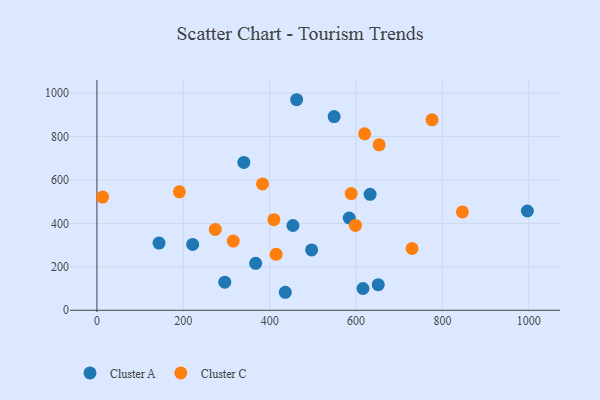
{"axis": {"x": "Study Hours", "y": "Rating"}, "legend": ["Cluster A", "Cluster C"], "data": [{"x": "549.3", "y": 892.3, "type": "Cluster A"}, {"x": "143.8", "y": 309.6, "type": "Cluster A"}, {"x": "296.1", "y": 129.5, "type": "Cluster A"}, {"x": "616.1", "y": 100.4, "type": "Cluster A"}, {"x": "367.6", "y": 216.3, "type": "Cluster A"}, {"x": "453.9", "y": 390.6, "type": "Cluster A"}, {"x": "996.8", "y": 457.3, "type": "Cluster A"}, {"x": "497.2", "y": 277.8, "type": "Cluster A"}, {"x": "221.7", "y": 303.4, "type": "Cluster A"}, {"x": "651.4", "y": 118.1, "type": "Cluster A"}, {"x": "340.2", "y": 681.2, "type": "Cluster A"}, {"x": "584.3", "y": 425.0, "type": "Cluster A"}, {"x": "632.6", "y": 534.1, "type": "Cluster A"}, {"x": "436.2", "y": 82.9, "type": "Cluster A"}, {"x": "462.5", "y": 970.0, "type": "Cluster A"}, {"x": "588.8", "y": 537.4, "type": "Cluster C"}, {"x": "619.9", "y": 813.1, "type": "Cluster C"}, {"x": "846.3", "y": 452.9, "type": "Cluster C"}, {"x": "653.5", "y": 762.2, "type": "Cluster C"}, {"x": "729.7", "y": 284.6, "type": "Cluster C"}, {"x": "383.4", "y": 581.9, "type": "Cluster C"}, {"x": "191.0", "y": 545.9, "type": "Cluster C"}, {"x": "598.7", "y": 390.7, "type": "Cluster C"}, {"x": "415.0", "y": 257.7, "type": "Cluster C"}, {"x": "776.0", "y": 877.3, "type": "Cluster C"}, {"x": "409.7", "y": 417.5, "type": "Cluster C"}, {"x": "315.7", "y": 318.7, "type": "Cluster C"}, {"x": "274.0", "y": 372.4, "type": "Cluster C"}, {"x": "13.2", "y": 521.3, "type": "Cluster C"}]}